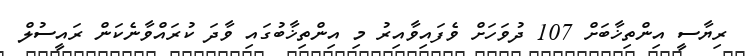
ރިޔާސީ އިންތިޚާބަށް 107 ދުވަހަށް ވެފައިވާއިރު މި އިންތިޚާބުގައި ވާދަ ކުރައްވާނެކަން ރައީސުލް